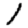
Digit: 1